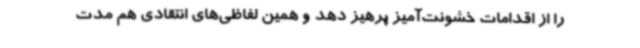
را از اقدامات خشونت‌آمیز پرهیز دهد و همین لفاظی‌های انتقادی هم مدت